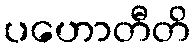
ပဟောတီတိ